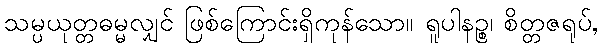
သမ္ပယုတ္တဓမ္မလျှင် ဖြစ်ကြောင်းရှိကုန်သော။ ရူပါနဉ္စ၊ စိတ္တဇရုပ်,